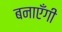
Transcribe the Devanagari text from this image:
बनाएँगी